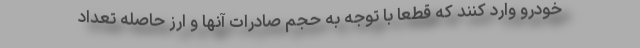
خودرو وارد کنند که قطعا با توجه به حجم صادرات آنها و ارز حاصله تعداد